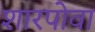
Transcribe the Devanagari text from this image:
शारपोवा